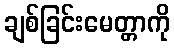
ချစ်ခြင်းမေတ္တာကို